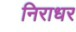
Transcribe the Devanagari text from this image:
निराधर